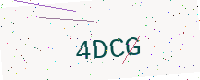
Text: 4DCG